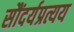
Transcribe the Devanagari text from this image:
सौंदर्यप्रत्यय